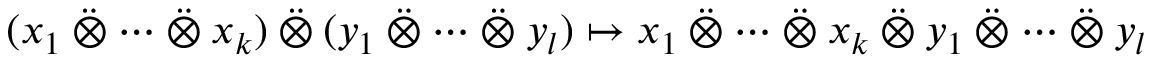
( x _ { 1 } \mathbin { \ddot { \otimes } } \cdots \mathbin { \ddot { \otimes } } x _ { k } ) \mathbin { \ddot { \otimes } } ( y _ { 1 } \mathbin { \ddot { \otimes } } \cdots \mathbin { \ddot { \otimes } } y _ { l } ) \mapsto x _ { 1 } \mathbin { \ddot { \otimes } } \cdots \mathbin { \ddot { \otimes } } x _ { k } \mathbin { \ddot { \otimes } } y _ { 1 } \mathbin { \ddot { \otimes } } \cdots \mathbin { \ddot { \otimes } } y _ { l }